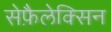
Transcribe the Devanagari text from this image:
सेफ़ैलेक्सिन